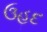
ઉહદ